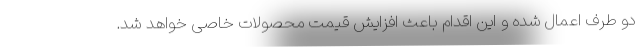
دو طرف اعمال شده و این اقدام باعث افزایش قیمت محصولات خاصی خواهد شد.